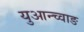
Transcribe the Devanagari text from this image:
युआन्च्वाङ